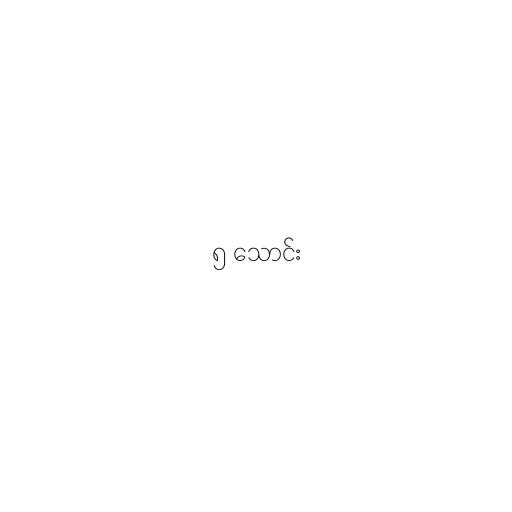
၅ သောင်း